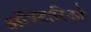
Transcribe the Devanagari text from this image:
ऑण्टारिओ